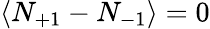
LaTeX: \langle N_{+1}-N_{-1}\rangle=0